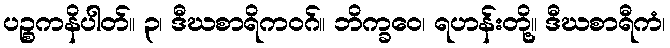
ပဉ္စကနိပါတ်။ ၃၊ ဒီဃစာရိကဝဂ်။ ဘိက္ခဝေ၊ ရဟန်းတို့။ ဒီဃစာရီကံ၊